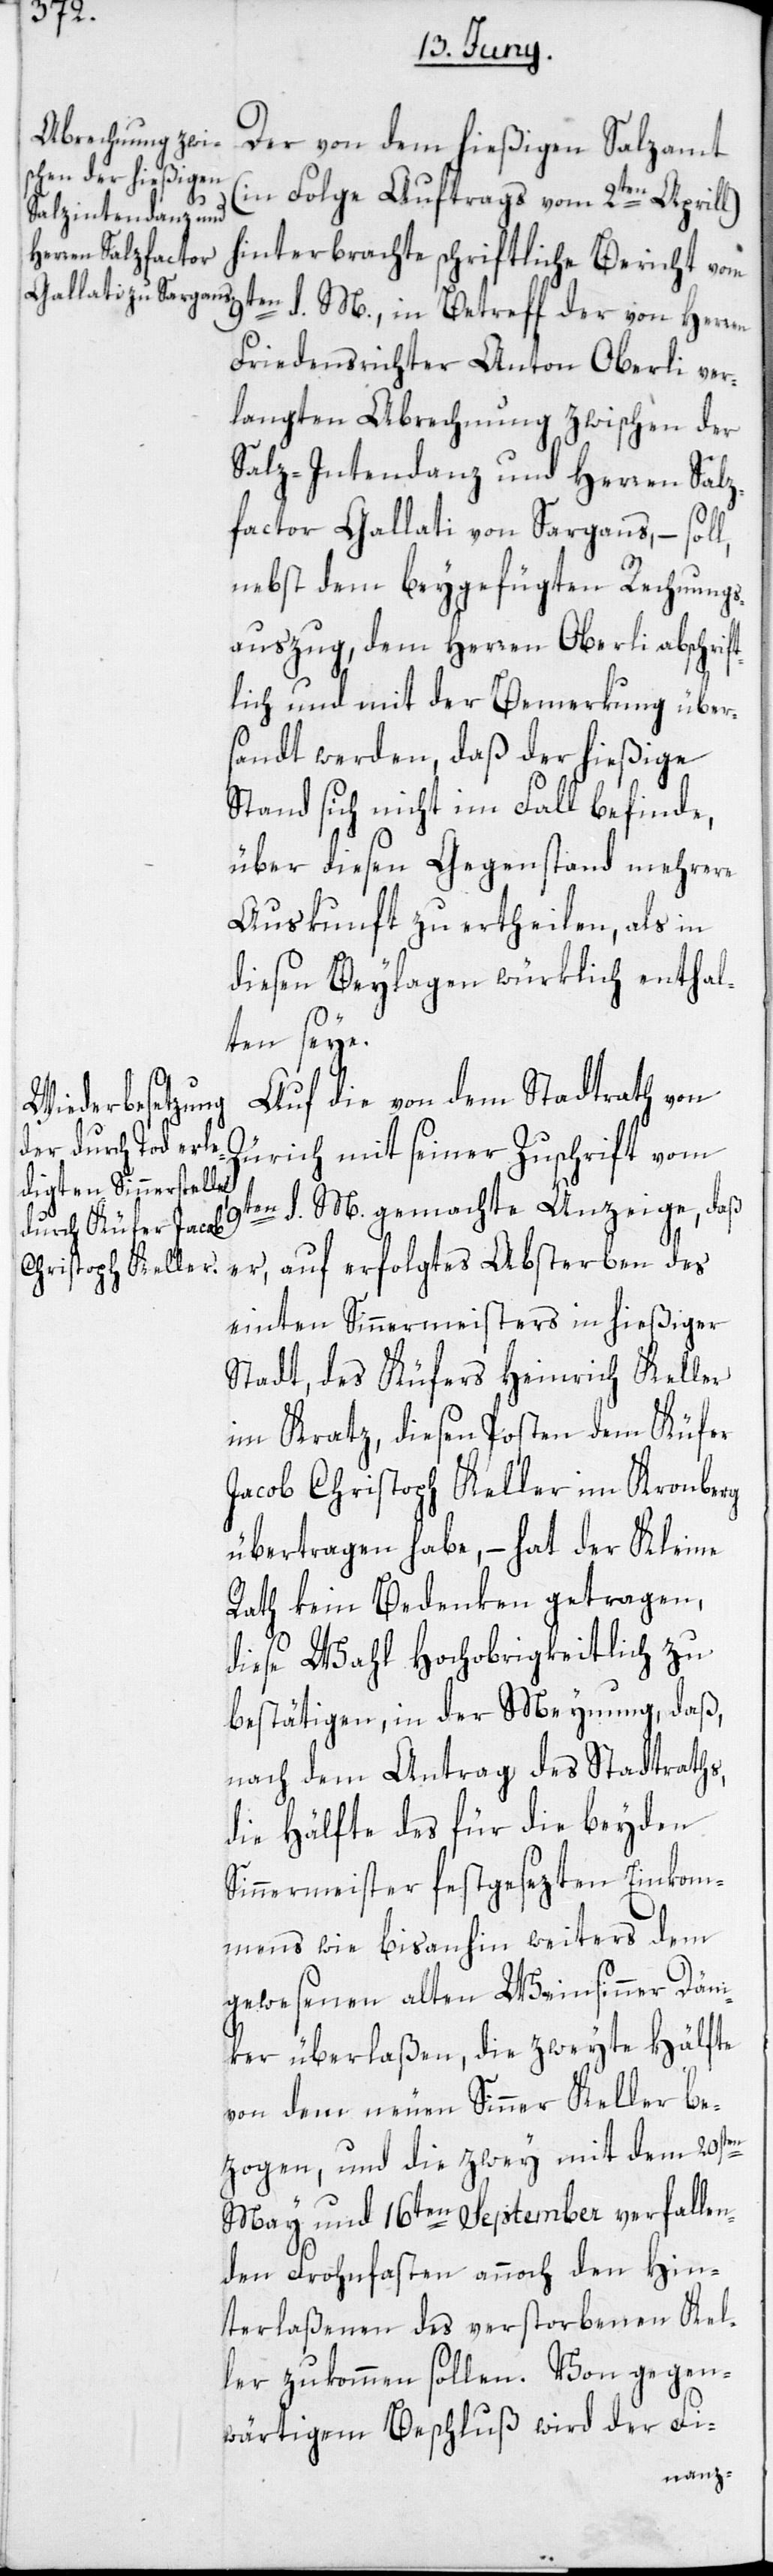
von dem hießigen
(in Folge Auftrags vom 2ten Aprill)
hinterbrachte schriftliche Bericht vom
9ten d. M., in Betreff der von Herren
Friedensrichter Anton Oberli ver¬
langten Abrechnung zwischen der
Salz-Intendanz und Herren Salz¬
factor Gallati von Sargans, – soll,
nebst dem beygefügten Rechnungs¬
auszug, dem Herren Oberli abschrif¬
tlich und mit der Bemerkung über¬
sandt werden, daß der hießige
Stand sich nicht im Fall befinde,
über diesen Gegenstand mehrere
Auskunft zu ertheilen, als in
diesen Beylagen würklich enthal¬
ten seye.
Auf die von dem Stadtrath von
Zürich mit seiner Zuschrift vom
9ten d. M. gemachte Anzeige, daß
er, auf erfolgtes Absterben des
einten Sinnermeisters in hießiger
Stadt, des Küfers Heinrich Keller
im Kratz, diesen Posten dem Küfer
Jacob Christoph Keller im Kronberg
übertragen habe, – hat der Kleine
Rath kein Bedenken getragen,
diese Wahl Hochobrigkeitlich zu
bestätigen, in der Meynung, daß,
nach dem Antrag des Stadtraths,
die Hälfte des für die beyden
Sinnermeister festgesezten Einkom¬
mens wie bisanhin weiters dem
gewesenen alten Weinsinner Däni¬
ker überlaßen, die zweyte Hälfte
von dem neuen Sinner Keller be¬
zogen, und die zwey mit dem 20sten
May und 16ten September verfallen¬
den Fronfasten annoch den Hin¬
terlaßenen des verstorbenen Kel¬
ler zukommen sollen. Von gegen¬
wärtigem Beschluß wird der Fi-